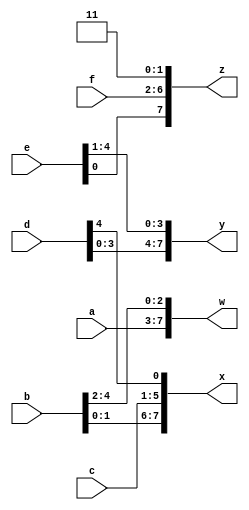
// Question 16. Vector concatenation Operator/ Vector 3 - https://hdlbits.01xz.net/wiki/Vector3

module top_module (
    input [4:0] a, b, c, d, e, f,
    output [7:0] w, x, y, z );//

    assign w = { a[4:0], b[4:2] };
    assign x = { b[1:0], c[4:0], d[4]};
    assign y = { d[3:0], e[4:1]};
    assign z = { e[0], f[4:0], 2'h3};

endmodule